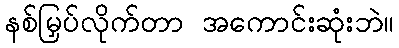
နစ်မြှပ်လိုက်တာ အကောင်းဆုံးဘဲ။